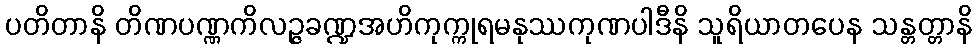
ပတိတာနိ တိဏပဏ္ဏကိလဉ္ဇခဏ္ဍအဟိကုက္ကုရမနုဿကုဏပါဒီနိ သူရိယာတပေန သန္တတ္တာနိ